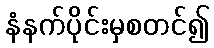
နံနက်ပိုင်းမှစတင်၍